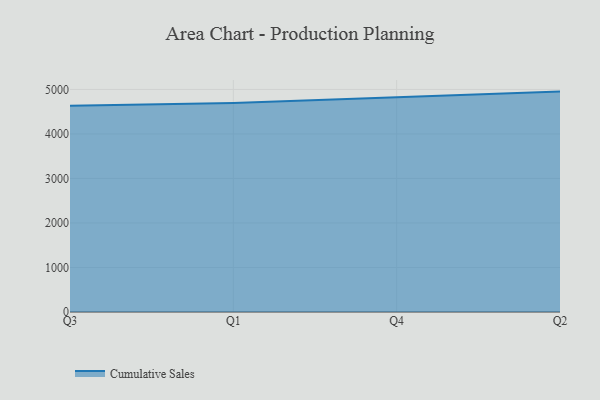
{"axis": {"x": "Quarter", "y": "Satisfaction Score"}, "legend": ["Cumulative Sales"], "data": [{"x": "Q3", "y": 4634.7, "type": "Cumulative Sales"}, {"x": "Q1", "y": 4697.2, "type": "Cumulative Sales"}, {"x": "Q4", "y": 4826.1, "type": "Cumulative Sales"}, {"x": "Q2", "y": 4951.9, "type": "Cumulative Sales"}]}